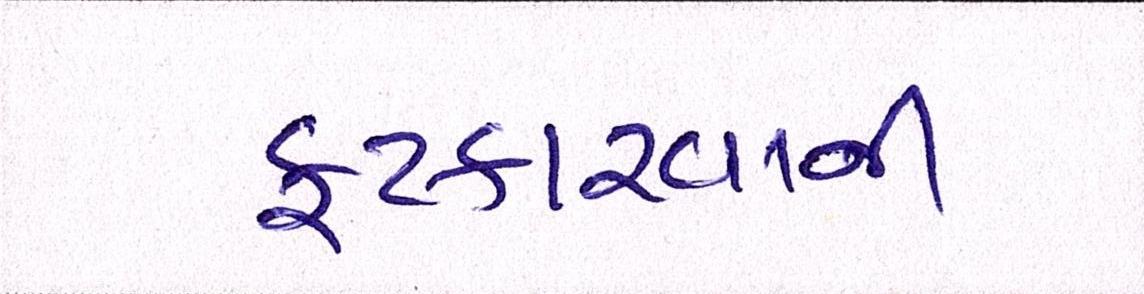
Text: ફટકારવાની